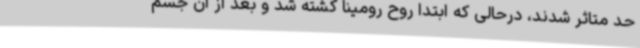
حد متاثر شدند، درحالی که ابتدا روح رومینا کشته شد و بعد از آن جسم